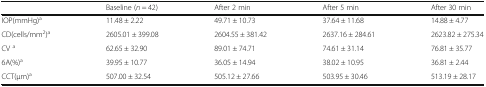
<table><thead><tr><td></td><td><b>Baseline (<i>n</i> = 42)</b></td><td><b>After 2 min</b></td><td><b>After 5 min</b></td><td><b>After 30 min</b></td></tr></thead><tbody><tr><td>IOP(mmHg)<sup>a</sup></td><td>11.48 ± 2.22</td><td>49.71 ± 10.73</td><td>37.64 ± 11.68</td><td>14.88 ± 4.77</td></tr><tr><td>CD(cells/mm<sup>2</sup>)<sup>a</sup></td><td>2605.01 ± 399.08</td><td>2604.55 ± 381.42</td><td>2637.16 ± 284.61</td><td>2623.82 ± 275.34</td></tr><tr><td>CV <sup>a</sup></td><td>62.65 ± 32.90</td><td>89.01 ± 74.71</td><td>74.61 ± 31.14</td><td>76.81 ± 35.77</td></tr><tr><td>6A(%)<sup>a</sup></td><td>39.95 ± 10.77</td><td>36.05 ± 14.94</td><td>38.02 ± 10.95</td><td>36.81 ± 2.44</td></tr><tr><td>CCT(μm)<sup>a</sup></td><td>507.00 ± 32.54</td><td>505.12 ± 27.66</td><td>503.95 ± 30.46</td><td>513.19 ± 28.17</td></tr></tbody></table>